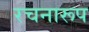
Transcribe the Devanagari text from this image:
रचनारूप